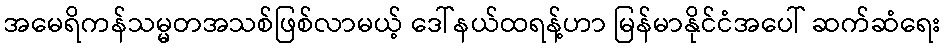
အမေရိကန်သမ္မတအသစ်ဖြစ်လာမယ့် ဒေါ်နယ်ထရန့်ဟာ မြန်မာနိုင်ငံအပေါ် ဆက်ဆံရေး